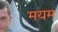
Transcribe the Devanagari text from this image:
मयम